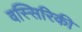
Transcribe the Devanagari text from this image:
वस्सिरिकी